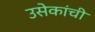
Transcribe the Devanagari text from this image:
उसेकांची